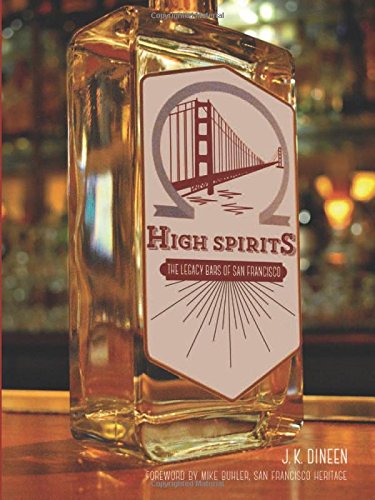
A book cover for High Spirits: The Legacy Bars of San Francisco; J.K. Dineen; Cookbooks, Food & Wine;